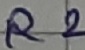
Text: R2